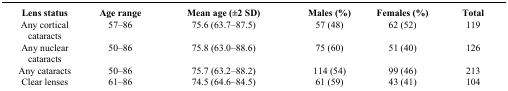
| Lens status | Age range | Mean age (±2 SD) | Males (%) | Females (%) | Total |
 | --- | --- | --- | --- | --- | --- |
 | Any cortical cataracts | 57–86 | 75.6 (63.7–87.5) | 57 (48) | 62 (52) | 119 |
 | Any nuclear cataracts | 50–86 | 75.8 (63.0–88.6) | 75 (60) | 51 (40) | 126 |
 | Any cataracts | 50–86 | 75.7 (63.2–88.2) | 114 (54) | 99 (46) | 213 |
 | Clear lenses | 61–86 | 74.5 (64.6–84.5) | 61 (59) | 43 (41) | 104 |